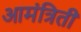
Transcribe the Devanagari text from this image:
आमंत्रिती